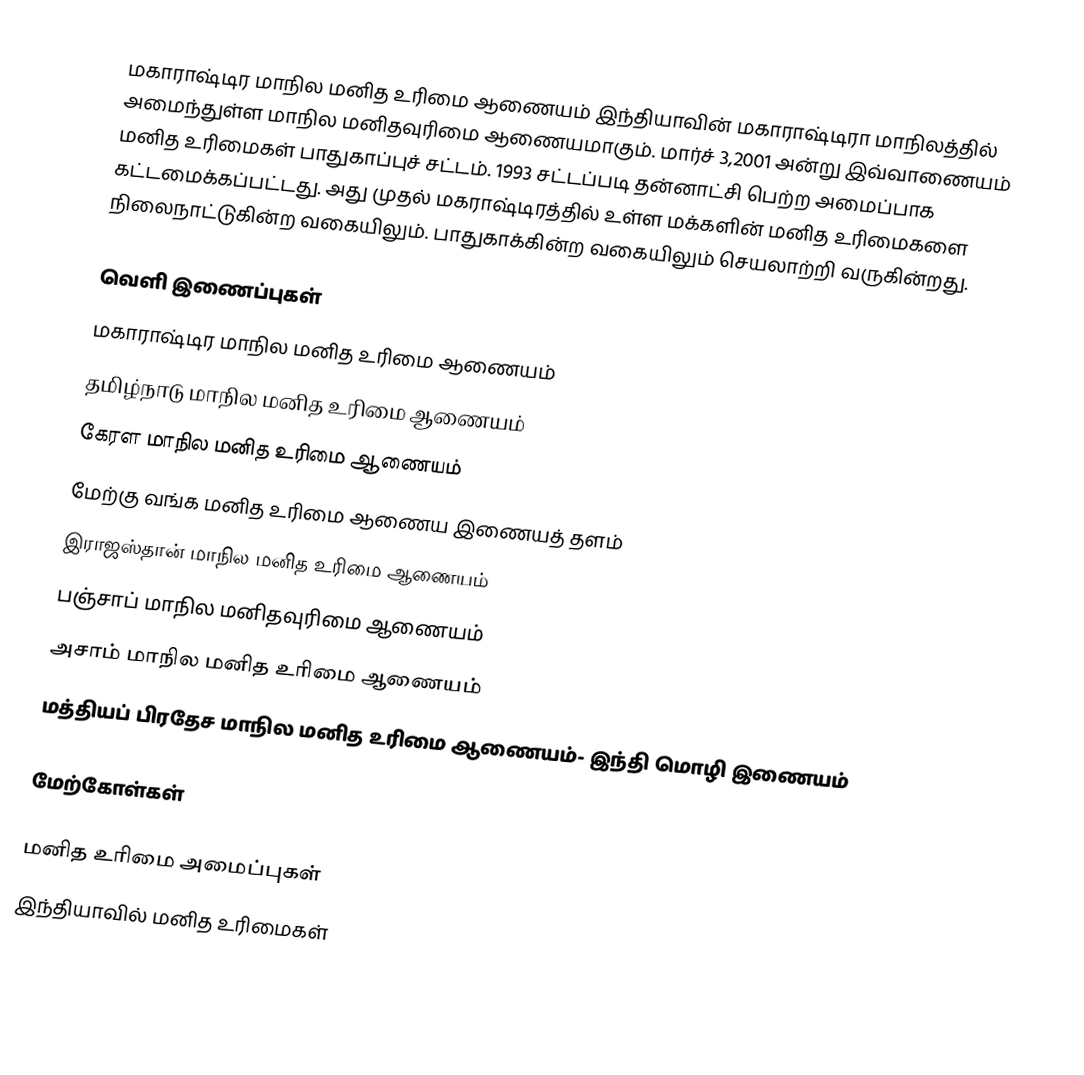
மகாராஷ்டிர மாநில மனித உரிமை ஆணையம் இந்தியாவின் மகாராஷ்டிரா மாநிலத்தில் அமைந்துள்ள மாநில மனிதவுரிமை ஆணையமாகும். மார்ச் 3,2001 அன்று இவ்வாணையம் மனித உரிமைகள் பாதுகாப்புச் சட்டம். 1993 சட்டப்படி தன்னாட்சி பெற்ற அமைப்பாக கட்டமைக்கப்பட்டது. அது முதல் மகராஷ்டிரத்தில் உள்ள மக்களின் மனித உரிமைகளை நிலைநாட்டுகின்ற வகையிலும். பாதுகாக்கின்ற வகையிலும் செயலாற்றி வருகின்றது.

வெளி இணைப்புகள்
மகாராஷ்டிர மாநில மனித உரிமை ஆணையம்
தமிழ்நாடு மாநில மனித உரிமை ஆணையம்
கேரள மாநில மனித உரிமை ஆணையம்
மேற்கு வங்க மனித உரிமை ஆணைய இணையத் தளம்
இராஜஸ்தான் மாநில மனித உரிமை ஆணையம்
பஞ்சாப் மாநில மனிதவுரிமை ஆணையம்
அசாம் மாநில மனித உரிமை ஆணையம்
மத்தியப் பிரதேச மாநில மனித உரிமை ஆணையம்- இந்தி மொழி இணையம்

மேற்கோள்கள்

மனித உரிமை அமைப்புகள்
இந்தியாவில் மனித உரிமைகள்